65_HS1-834228961_62-HQ-83894_Section_1
Agency: FBI
Page 40
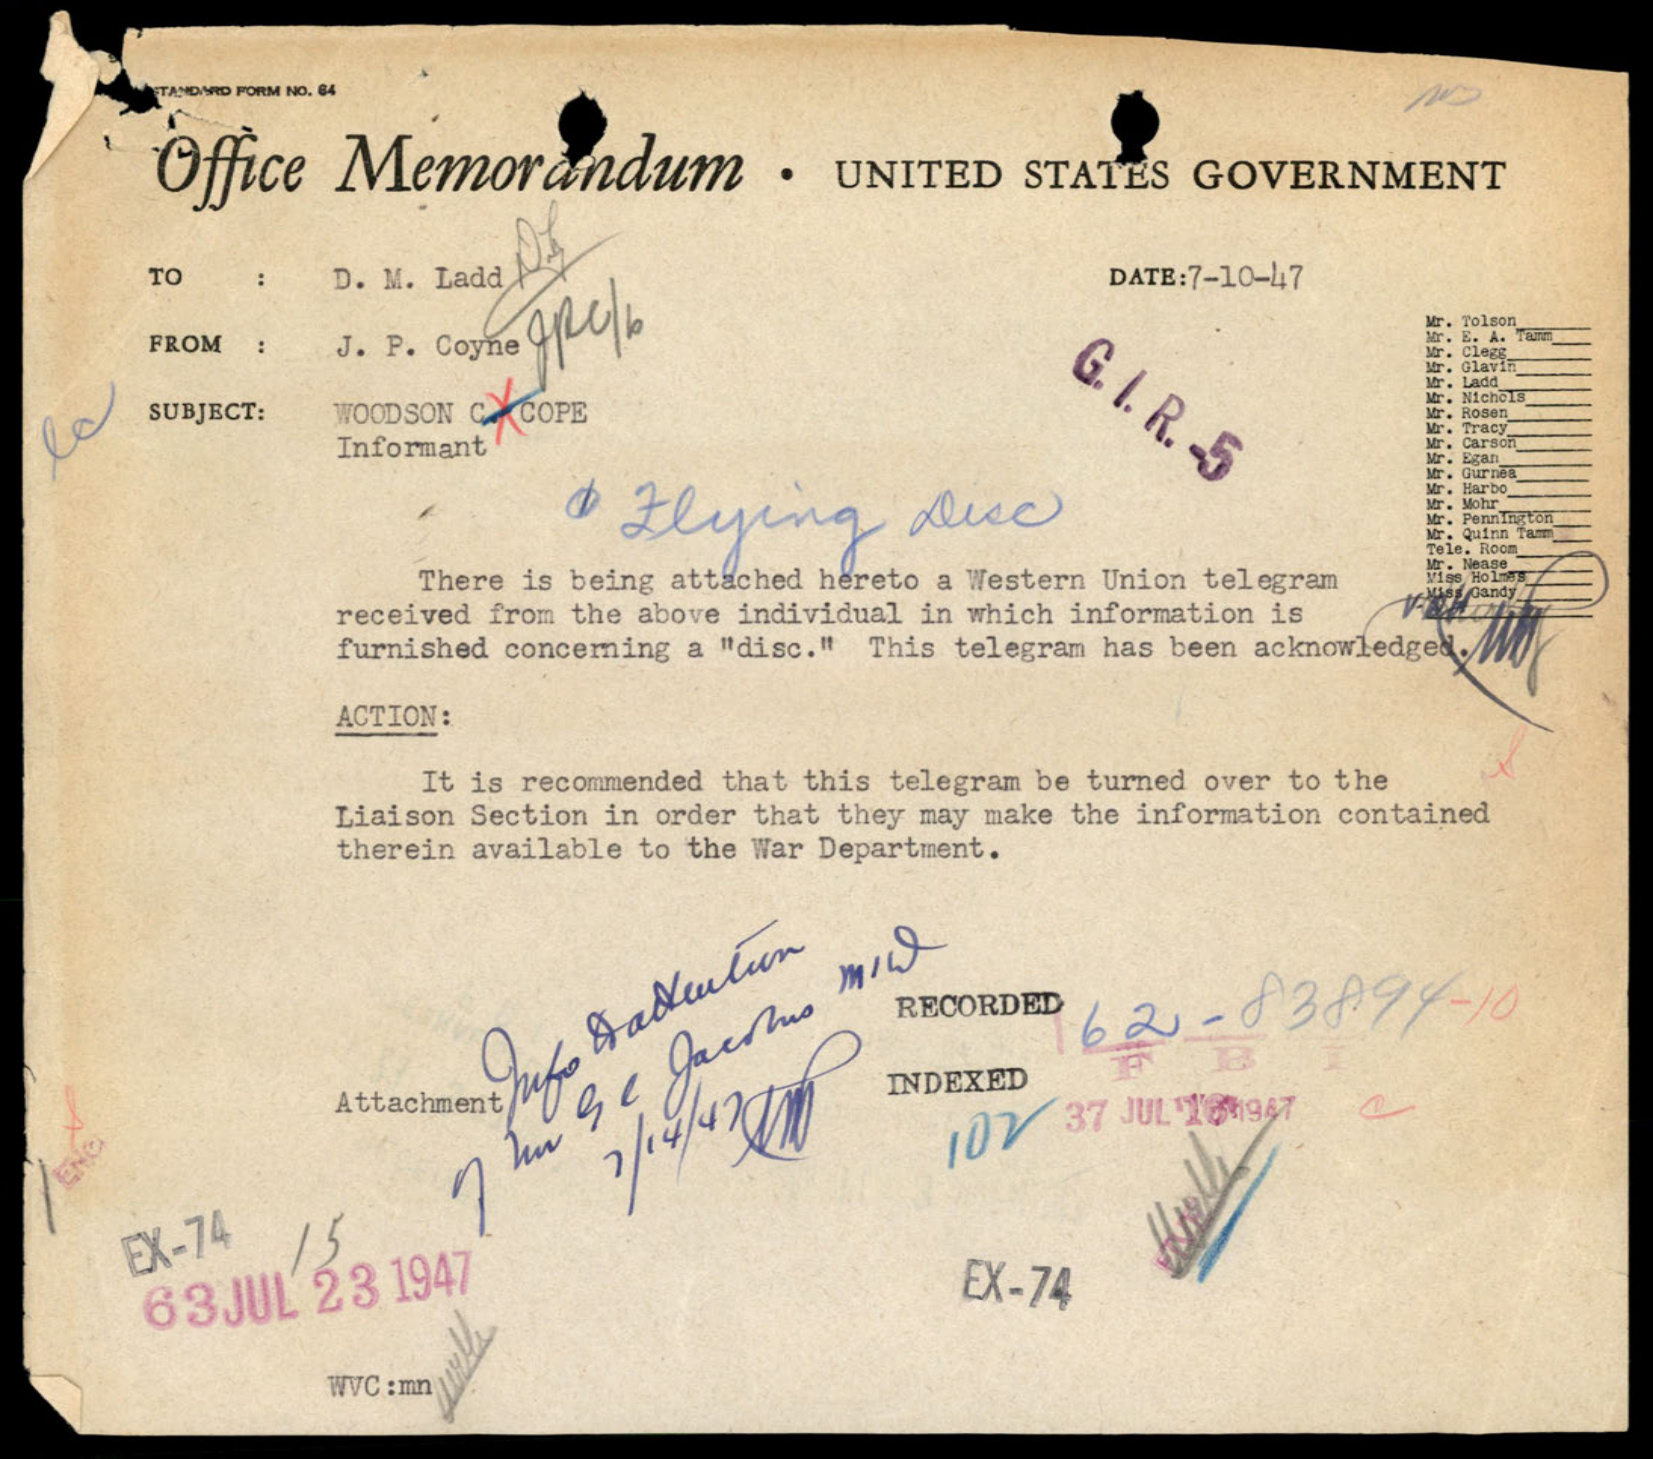